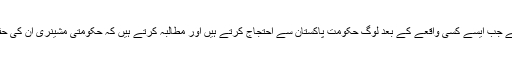
تعجب اس وقت بھی ہوتا ہے جب ایسے کسی واقعے کے بعد لوگ حکومت پاکستان سے احتجاج کرتے ہیں اور مطالبہ کرتے ہیں کہ حکومتی مشینری ان کی حفاظت کا بہتر انتظام کرے۔